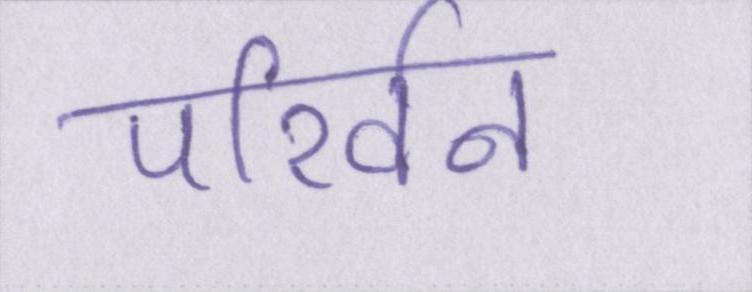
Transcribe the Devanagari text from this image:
परिर्वन